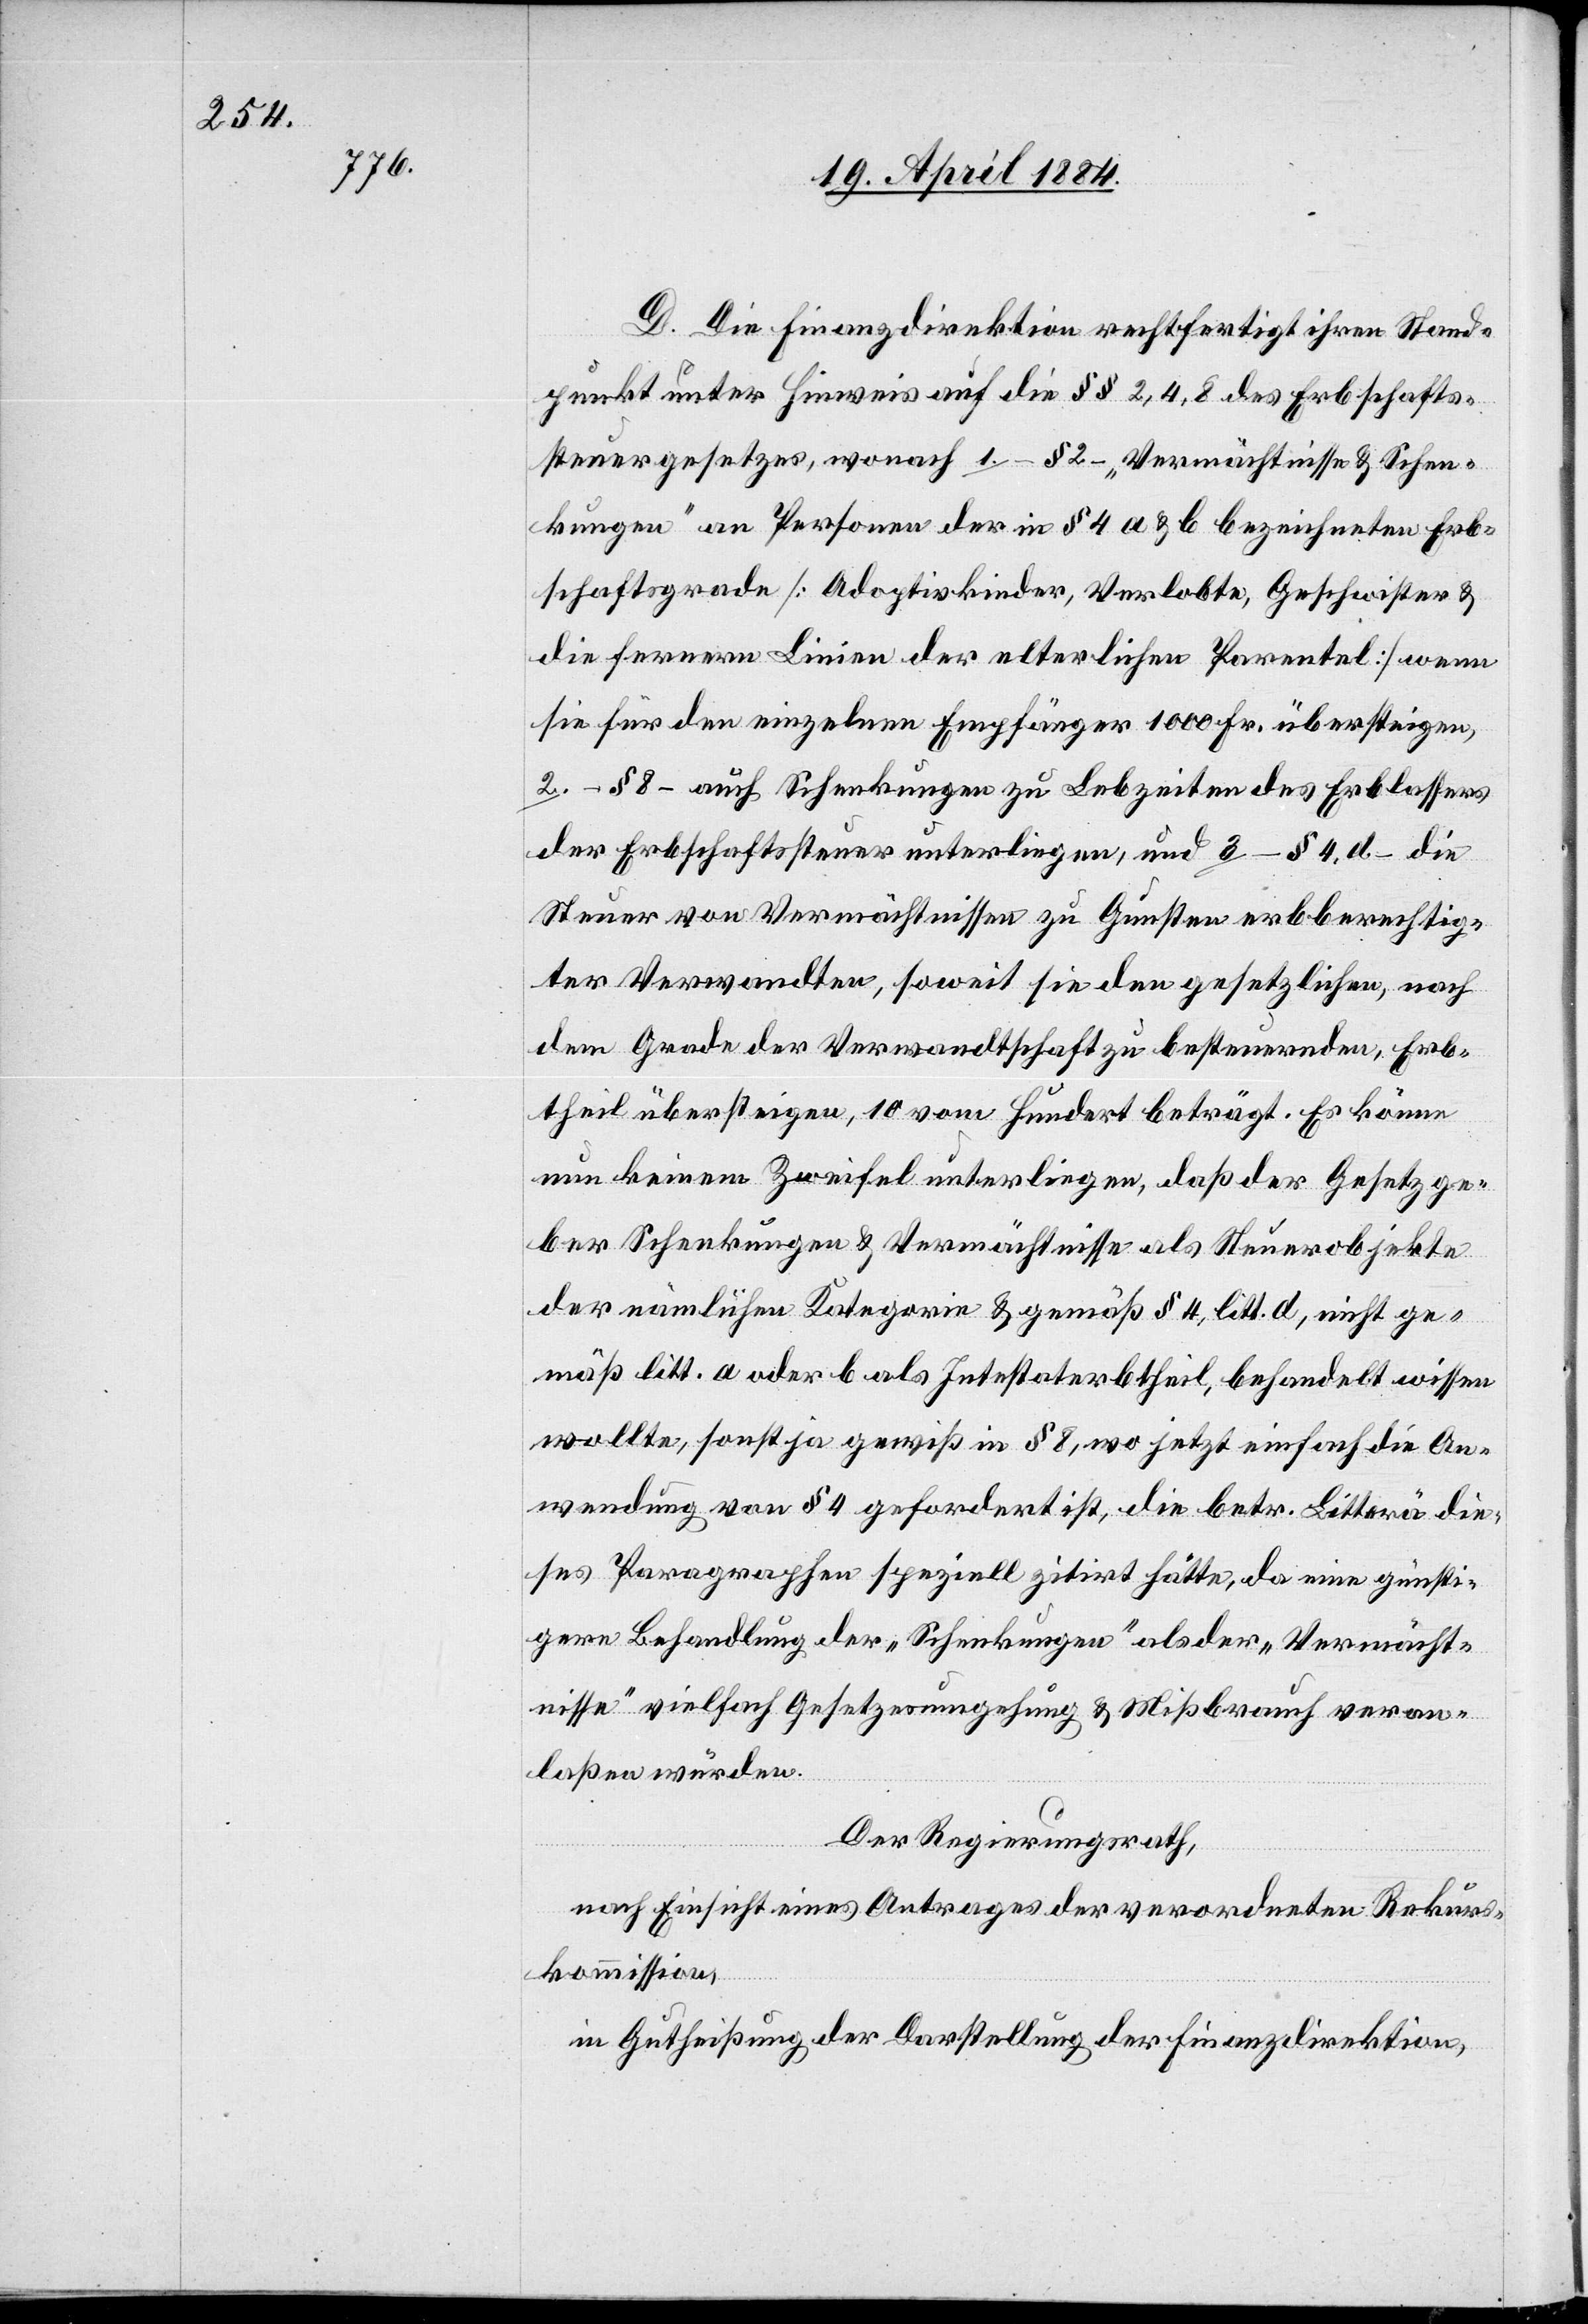
[sic!] Die Finanzdirektion rechtfertigt ihren Stand¬
punkt unter Hinweis auf die §§ 2, 4, 8 des Erbschafts¬
steuergesetzes, wonach 1. § 2 „Vermächtnisse & Schen¬
kungen“ an Personen der in § 4 a & b bezeichneten Erb¬
schaftsgrade [Adoptivkinder, Verlobte, Geschwister &
die fernern Linien der elterlichen Parentel] wenn
sie für den einzelnen Empfänger 1000 Fr. übersteigen,
2. § 8 auch Schenkungen zu Lebzeiten des Erblassers
der Erbschaftsteuer unterliegen, und 3. § 4. d die
Steuer von Vermächtnissen zu Gunsten erbberechtig¬
ter Verwandten, soweit sie den gesetzlichen, nach
dem Grade der Verwandtschaft zu besteuernden Erb¬
theil übersteigen, 10 vom Hundert beträgt. Es könne
nun keinem Zweifel unterliegen, daß der Gesetzge¬
ber Schenkungen & Vermächtnisse als Steuerobjekte
der nämlichen Kategorie & gemäß § 4. litt. d., nicht ge¬
mäß litt. a oder b als Intestaterbtheil, behandelt wissen
wollte, sonst ja gewiß in § 8, wo jetzt einfach die An¬
wendung von § 4 gefordert ist, die betr. Litterä die¬
ses Paragraphen speziell zirtirt hätte, da eine günsti¬
gere Behandlung der „Schenkungen“ als der „Vermächt¬
nisse“ vielfach Gesetzesumgehung & Mißbrauch veran¬
lassen würden.
Der Regierungsrath,
nach Einsicht eines Antrages der verordneten Rekurs¬
kommission,
in Gutheißung der Darstellung der Finanzdirektion,